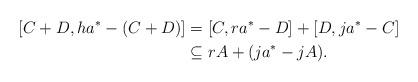
LaTeX: \begin{align*}[C+D, ha^* - (C+D)] & = [C, ra^* - D] + [D, ja^* - C] \\& \subseteq rA + (ja^* - jA). \end{align*}